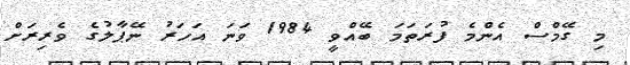
މި ގޭމްސް އެންމެ ފުރަތަމަ ބޭއްވީ 1984 ވަނަ އަހަރު ނޭޕާލުގެ ވެރިރަށް